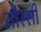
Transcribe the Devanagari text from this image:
तौरसी